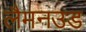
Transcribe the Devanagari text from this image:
लैमनउड